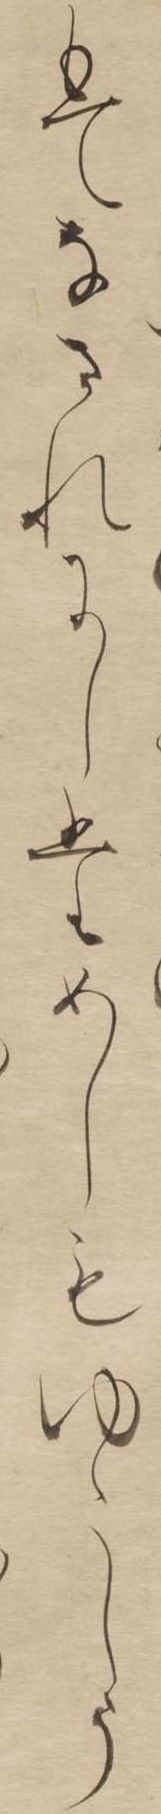
もてなされにしためしもゆゝしう